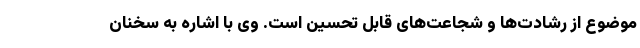
موضوع از رشادت‌ها و شجاعت‌های قابل تحسین است. وی با اشاره به سخنان